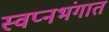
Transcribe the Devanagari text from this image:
स्वप्नभंगात